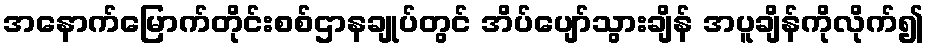
အနောက်မြောက်တိုင်းစစ်ဌာနချုပ်တွင် အိပ်ပျော်သွားချိန် အပူချိန်ကိုလိုက်၍